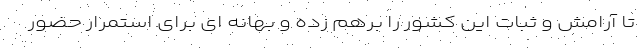
تا آرامش و ثبات این کشور را برهم زده و بهانه ای برای استمرار حضور